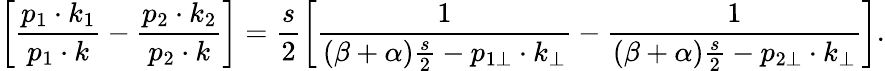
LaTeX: \left[\frac{p_{1}\cdot k_{1}}{p_{1}\cdot k}-\frac{p_{2}\cdot k_{2}}{p_{2}\cdot k}\right]=\frac{s}{2}\left[\frac{1}{(\beta+\alpha)\frac{s}{2}-p_{1\bot}\cdot k_{\bot}}-\frac{1}{(\beta+\alpha)\frac{s}{2}-p_{2\bot}\cdot k_{\bot}}\right].